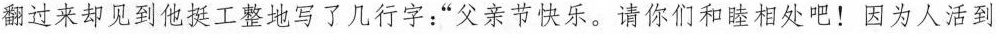
翻过来却见到他挺工整地写了几行字:“父亲节快乐。请你们和睦相处吧!因为人活到